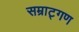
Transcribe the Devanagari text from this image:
सम्राट्गण